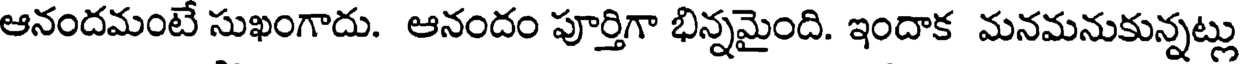
ఆనందమంటే సుఖంగాదు. ఆనందం పూర్తిగా భిన్నమైంది. ఇందాక మనమనుకున్నట్లు